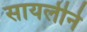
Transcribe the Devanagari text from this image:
सायलीने